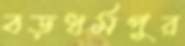
বড়ধর্মপুর